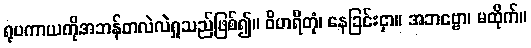
ရုပကာယကိုအဘန်တလဲလဲရှုသည်ဖြစ်၍။ ဝိဟရိတုံ၊ နေခြင်းငှာ။ အဘဗ္ဗော၊ မထိုက်။